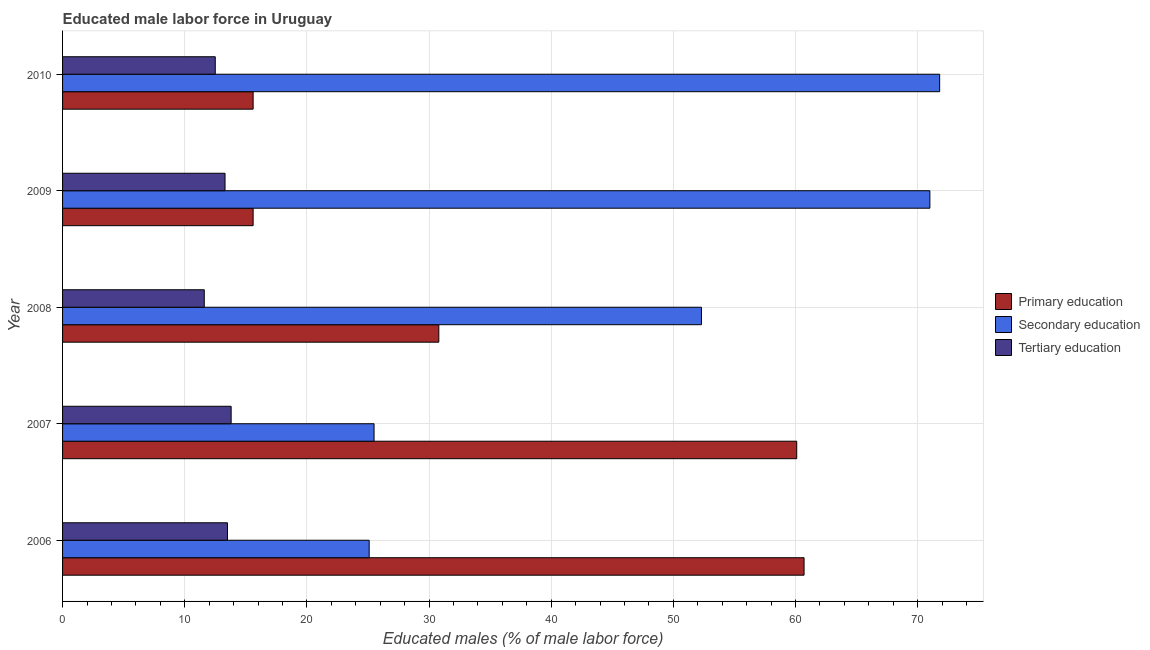
| Year | Primary education | Secondary education | Tertiary education |
 | --- | --- | --- | --- |
 | 2006 | 60.7 | 25.1 | 13.5 |
 | 2007 | 60.1 | 25.5 | 13.8 |
 | 2008 | 30.8 | 52.3 | 11.6 |
 | 2009 | 15.6 | 71 | 13.3 |
 | 2010 | 15.6 | 71.8 | 12.5 |